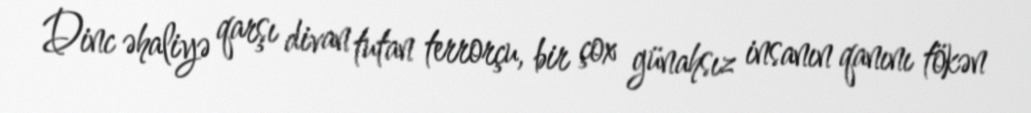
Dinc əhaliyə qarşı divan tutan terrorçu, bir çox günahsız insanın qanını tökən